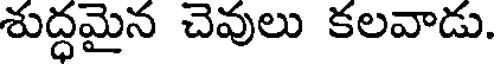
శుద్ధమైన చెవులు కలవాడు.